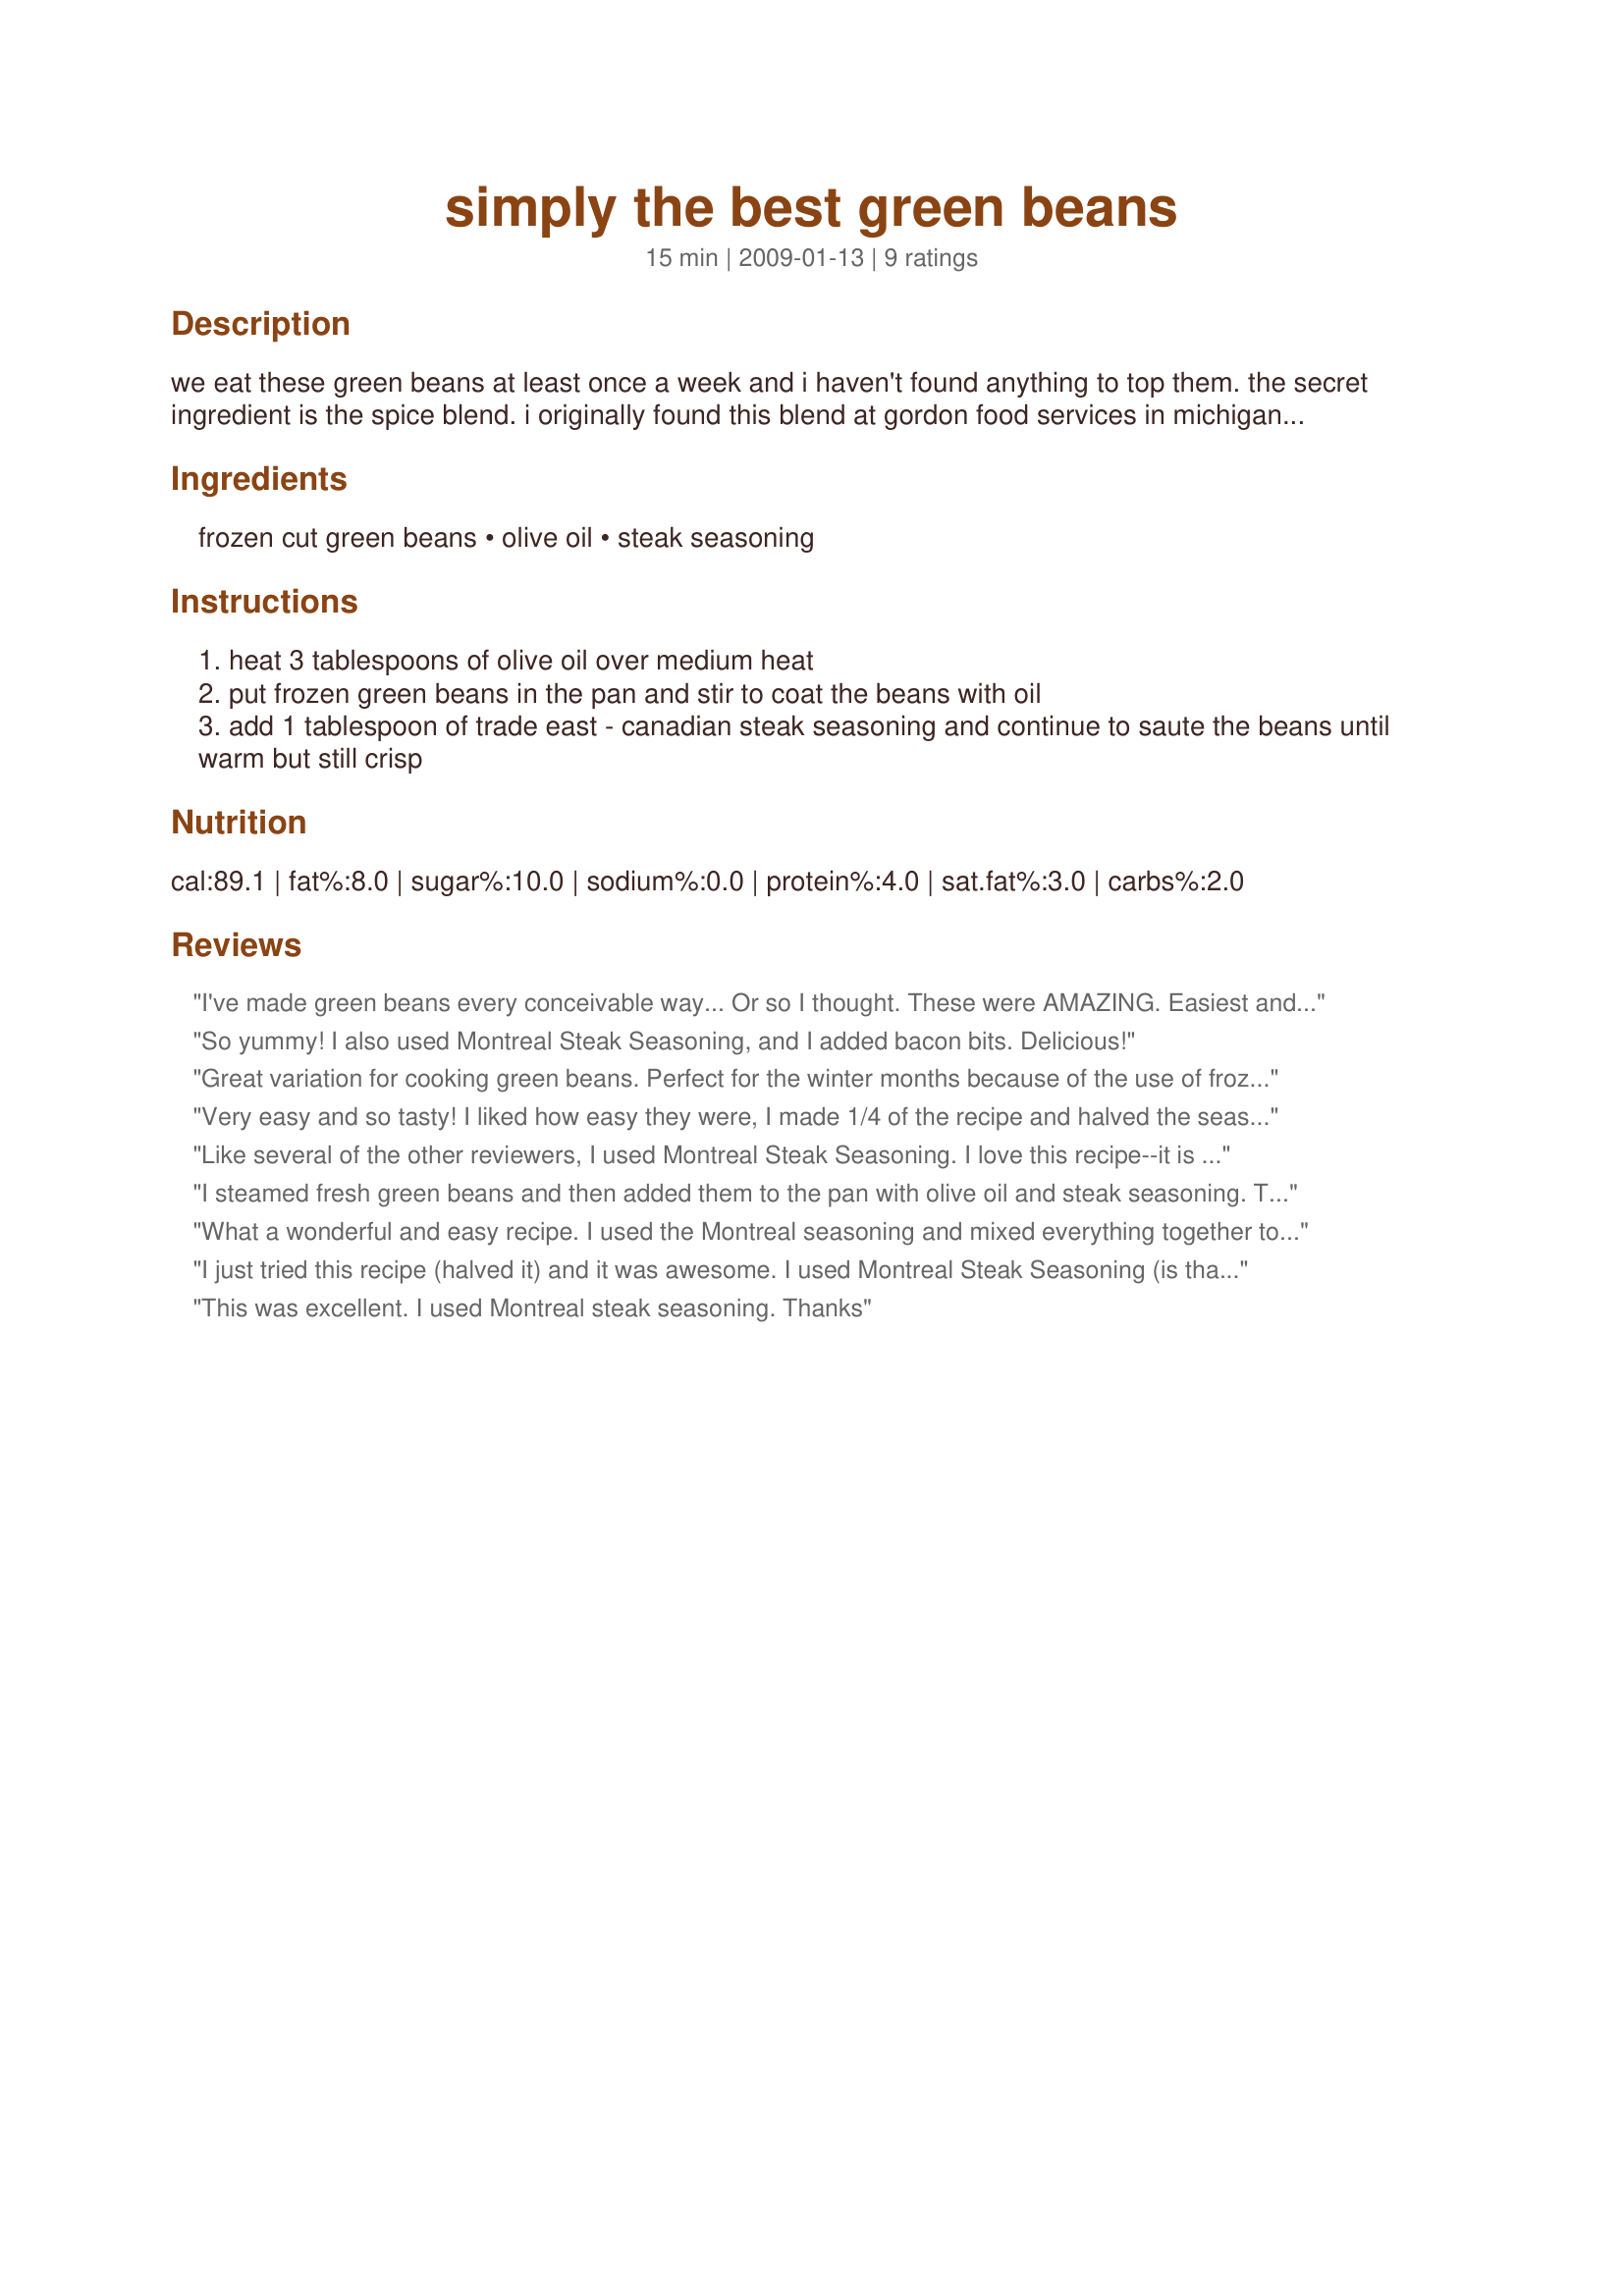
simply the best green beans
Preparation time: 15 minutes

we eat these green beans at least once a week and i haven't found anything to top them. the secret ingredient is the spice blend. i originally found this blend at gordon food services in michigan. (i have to have my mom ship it to me once a year; the 26 oz container of the spice lasts me about that long). i recently tripled the recipe and took them to work for a lunch for 20 people. personally, i still like them better from the stove top but i would take them again in a crock pot knowing that i need to stir often so the beans on the outer edge do not get over done. (people did actually go back for seconds)

Ingredients:
frozen cut green beans, olive oil, steak seasoning

Steps:
heat 3 tablespoons of olive oil over medium heat
put frozen green beans in the pan and stir to coat the beans with oil
add 1 tablespoon of trade east - canadian steak seasoning and continue to saute the beans until warm but still crisp

Reviews:
I've made green beans every conceivable way... Or so I thought. These were AMAZING. Easiest and most delicious way I've tried, by far. I used reduced sodium Montreal Steak Seasoning. Will be telling everyone about this & making it my go-to from here on out. Thank you!
So yummy! I also used Montreal Steak Seasoning, and I added bacon bits. Delicious!
Great variation for cooking green beans. Perfect for the winter months because of the use of frozen green beans. I halved this recipe and it was enough for about 6 people. I used Montreal Steak Seasoning. I really loved the flavor it gave the green beans. It's something I would never have tried before. ~Made for Pick A Chef 2011~
Very easy and so tasty! I liked how easy they were, I made 1/4 of the recipe and halved the seasoning. Will keep this in our rotation, thank you!
Like several of the other reviewers, I used Montreal Steak Seasoning. I love this recipe--it is so easy, and gives the beans a nice, crisp texture they would not otherwise have. Next time I might add some savory just because it is so good with beans. Thanks for posting!
I steamed fresh green beans and then added them to the pan with olive oil and steak seasoning. This is great. Thanks Foodie Friend :) Made for I Recommend tag game
What a wonderful and easy recipe. I used the Montreal seasoning and mixed everything together to marinate before cooking. This is a great change. thanks.
I just tried this recipe (halved it) and it was awesome. I used Montreal Steak Seasoning (is that east Canadian?) from Costco and I thought it fit the bill. I also added some toasted almonds. Will definitely have again!
This was excellent. I used Montreal steak seasoning. Thanks
